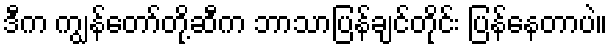
ဒီက ကျွန်တော်တို့ဆီက ဘာသာပြန်ချင်တိုင်း ပြန်နေတာပဲ။